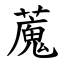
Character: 䕇